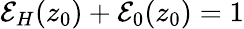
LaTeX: \mathcal{E}_{H}(z_{0})+\mathcal{E}_{0}(z_{0})=1